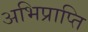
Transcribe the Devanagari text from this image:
अभिप्राप्ति